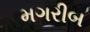
મગરીબ